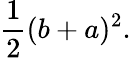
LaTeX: {\frac{1}{2}}(b+a)^{2}.